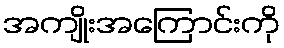
အကျိုးအကြောင်းကို